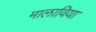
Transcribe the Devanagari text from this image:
मालाविया